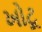
ખોટૂ